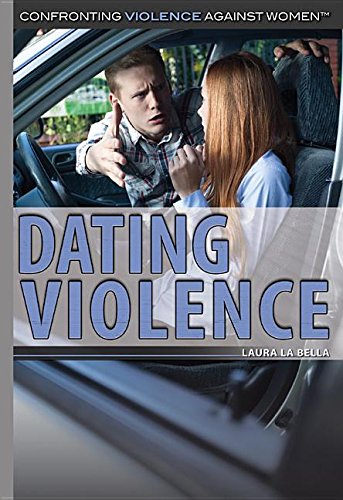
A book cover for Dating Violence (Confronting Violence Against Women); Laura La Bella; Teen & Young Adult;